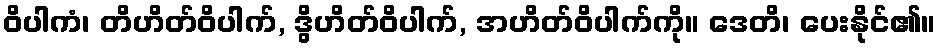
ဝိပါကံ၊ တိဟိတ်ဝိပါက်, ဒွိဟိတ်ဝိပါက်, အဟိတ်ဝိပါက်ကို။ ဒေတိ၊ ပေးနိုင်၏။